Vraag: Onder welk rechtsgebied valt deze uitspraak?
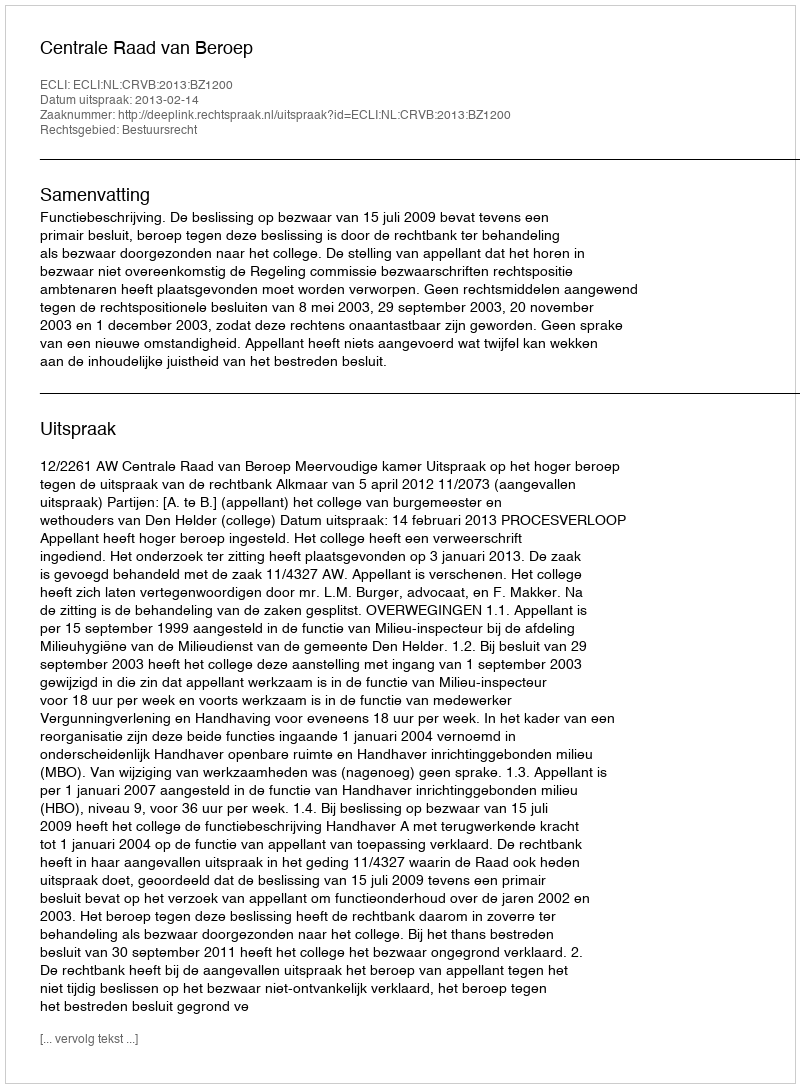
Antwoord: Bestuursrecht